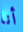
أنا